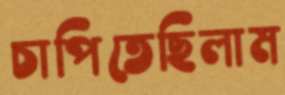
চাপিতেছিলাম